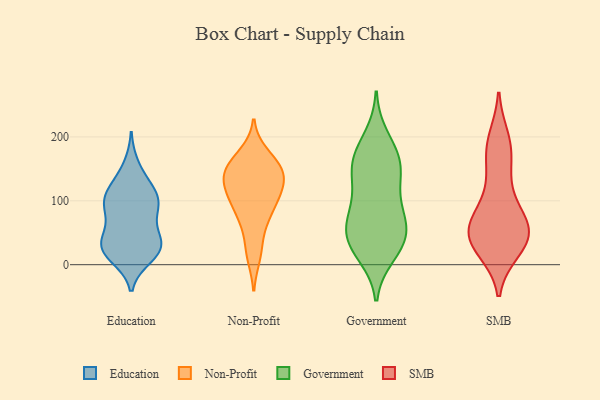
{"axis": {"x": "Net Income (USD K)", "y": "Value"}, "legend": ["Education", "Government", "Non-Profit", "SMB"], "data": [{"x": "", "y": 27, "type": "Education"}, {"x": "", "y": 103, "type": "Education"}, {"x": "", "y": 117, "type": "Education"}, {"x": "", "y": 89, "type": "Education"}, {"x": "", "y": 19, "type": "Education"}, {"x": "", "y": 59, "type": "Education"}, {"x": "", "y": 109, "type": "Education"}, {"x": "", "y": 35, "type": "Education"}, {"x": "", "y": 20, "type": "Education"}, {"x": "", "y": 93, "type": "Education"}, {"x": "", "y": 12, "type": "Education"}, {"x": "", "y": 82, "type": "Education"}, {"x": "", "y": 155, "type": "Education"}, {"x": "", "y": 35, "type": "Education"}, {"x": "", "y": 24, "type": "Education"}, {"x": "", "y": 41, "type": "Education"}, {"x": "", "y": 99, "type": "Education"}, {"x": "", "y": 130, "type": "Education"}, {"x": "", "y": 150, "type": "Non-Profit"}, {"x": "", "y": 114, "type": "Non-Profit"}, {"x": "", "y": 147, "type": "Non-Profit"}, {"x": "", "y": 125, "type": "Non-Profit"}, {"x": "", "y": 141, "type": "Non-Profit"}, {"x": "", "y": 163, "type": "Non-Profit"}, {"x": "", "y": 89, "type": "Non-Profit"}, {"x": "", "y": 109, "type": "Non-Profit"}, {"x": "", "y": 172, "type": "Non-Profit"}, {"x": "", "y": 121, "type": "Non-Profit"}, {"x": "", "y": 145, "type": "Non-Profit"}, {"x": "", "y": 70, "type": "Non-Profit"}, {"x": "", "y": 15, "type": "Non-Profit"}, {"x": "", "y": 97, "type": "Non-Profit"}, {"x": "", "y": 24, "type": "Non-Profit"}, {"x": "", "y": 70, "type": "Non-Profit"}, {"x": "", "y": 149, "type": "Non-Profit"}, {"x": "", "y": 30, "type": "Government"}, {"x": "", "y": 73, "type": "Government"}, {"x": "", "y": 200, "type": "Government"}, {"x": "", "y": 85, "type": "Government"}, {"x": "", "y": 79, "type": "Government"}, {"x": "", "y": 15, "type": "Government"}, {"x": "", "y": 175, "type": "Government"}, {"x": "", "y": 148, "type": "Government"}, {"x": "", "y": 62, "type": "Government"}, {"x": "", "y": 24, "type": "Government"}, {"x": "", "y": 156, "type": "Government"}, {"x": "", "y": 156, "type": "Government"}, {"x": "", "y": 172, "type": "Government"}, {"x": "", "y": 129, "type": "Government"}, {"x": "", "y": 51, "type": "Government"}, {"x": "", "y": 35, "type": "Government"}, {"x": "", "y": 118, "type": "Government"}, {"x": "", "y": 48, "type": "Government"}, {"x": "", "y": 29, "type": "SMB"}, {"x": "", "y": 101, "type": "SMB"}, {"x": "", "y": 113, "type": "SMB"}, {"x": "", "y": 181, "type": "SMB"}, {"x": "", "y": 69, "type": "SMB"}, {"x": "", "y": 60, "type": "SMB"}, {"x": "", "y": 60, "type": "SMB"}, {"x": "", "y": 64, "type": "SMB"}, {"x": "", "y": 49, "type": "SMB"}, {"x": "", "y": 198, "type": "SMB"}, {"x": "", "y": 52, "type": "SMB"}, {"x": "", "y": 62, "type": "SMB"}, {"x": "", "y": 194, "type": "SMB"}, {"x": "", "y": 24, "type": "SMB"}, {"x": "", "y": 22, "type": "SMB"}, {"x": "", "y": 32, "type": "SMB"}, {"x": "", "y": 148, "type": "SMB"}, {"x": "", "y": 166, "type": "SMB"}, {"x": "", "y": 39, "type": "SMB"}]}